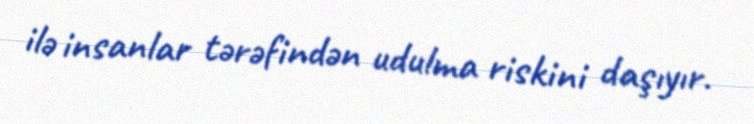
ilə insanlar tərəfindən udulma riskini daşıyır.